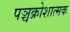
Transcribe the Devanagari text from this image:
पञ्चक्रोशात्मक